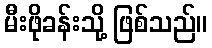
မီးဖိုခန်းသို့ ဖြစ်သည်။